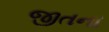
જીતના